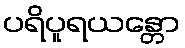
ပရိပူရယန္တော